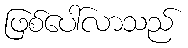
ဖြစ်ပေါ်လာသည်